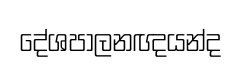
දේශපාලනඥයන්ද